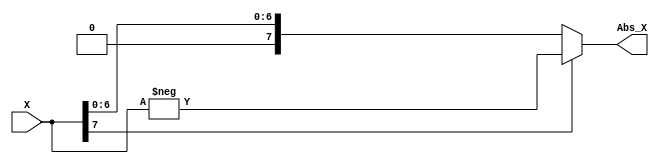
// mdulo de X
module ABS(X, Abs_X);
    input signed [7:0] X;
    output signed [7:0] Abs_X;

    
    //assign Abs_X = ~X + 1;
    assign Abs_X = X[7] ? -X : X;
  
    

endmodule